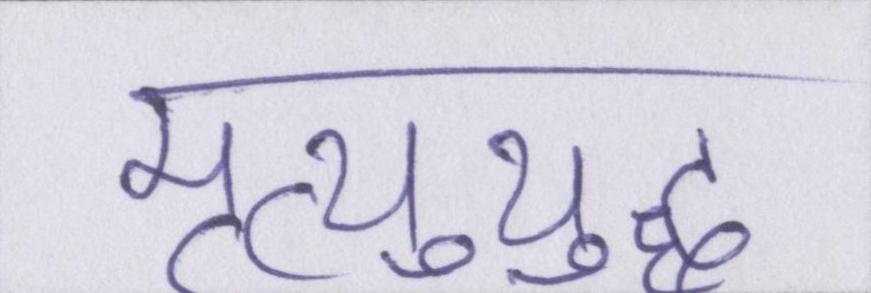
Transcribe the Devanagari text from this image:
मृत्युयुद्ध